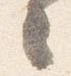
々